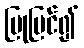
ပြုပြင်၍